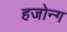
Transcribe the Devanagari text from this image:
हजोन्ग